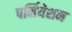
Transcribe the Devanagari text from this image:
पर्मियेशन